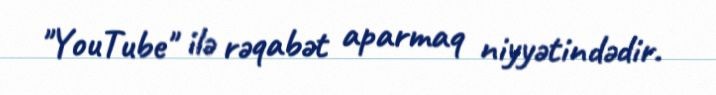
"YouTube" ilə rəqabət aparmaq niyyətindədir.